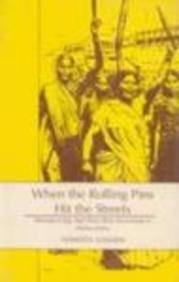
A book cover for When the Rolling Pins Hit the Streets: Women in the Anti Price Rise Movement in Maharashtra; Nandita Gandhi; Business & Money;